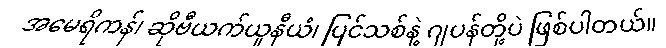
အမေရိကန်၊ ဆိုဗီယက်ယူနီယံ၊ ပြင်သစ်နဲ့ ဂျပန်တို့ပဲ ဖြစ်ပါတယ်။